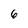
Character: 6